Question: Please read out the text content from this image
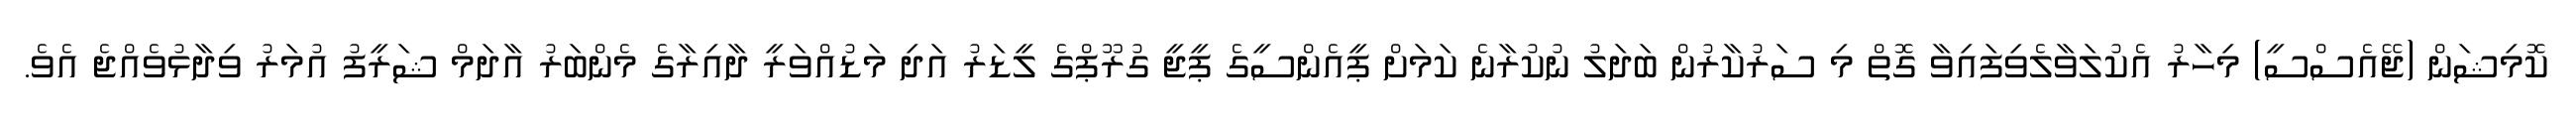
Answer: ކޮމިޝަން (ޖޭއެސްސީ) މިހާރު އެކުލަވާލެވިފައިވާ ގޮތް މި ސަރުކާރުން ބަދަލު ނުކުރާނެ ކަމަށް ޕީއެންސީގެ ޕީޖީ ގުރޫޕްގެ ލީޑަރު އަދި މަޑުއްވަރީ ދާއިރާގެ މެންބަރު އާދަމް ޝަރީފު އުމަރު ވިދާޅުވެއްޖެ އެވެ.